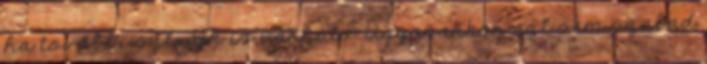
ha további sztrájk is várható. Ugyanakkor azt sem szabad